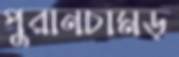
পুরানচামড়